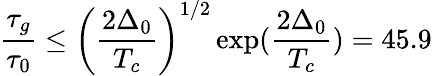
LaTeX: \frac{\tau_{g}}{\tau_{0}}\leq\left(\frac{2\Delta_{0}}{T_{c}}\right)^{1/2}\exp(\frac{2\Delta_{0}}{T_{c}})=45.9